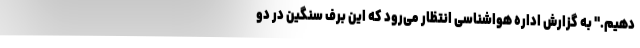
دهیم." به گزارش اداره هواشناسی انتظار می‌رود که این برف سنگین در دو